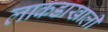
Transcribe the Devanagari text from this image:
लाकडाखाली